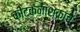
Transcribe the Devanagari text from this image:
कीटकनाशकांचे